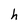
Character: h